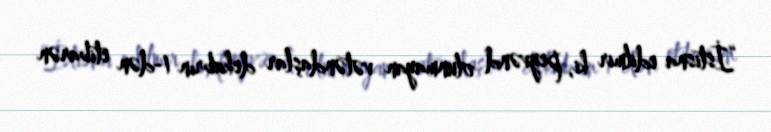
“İstisna edilmir ki, peyvənd olunmayan vətəndaşlar dekabrın 1-dən etibarən